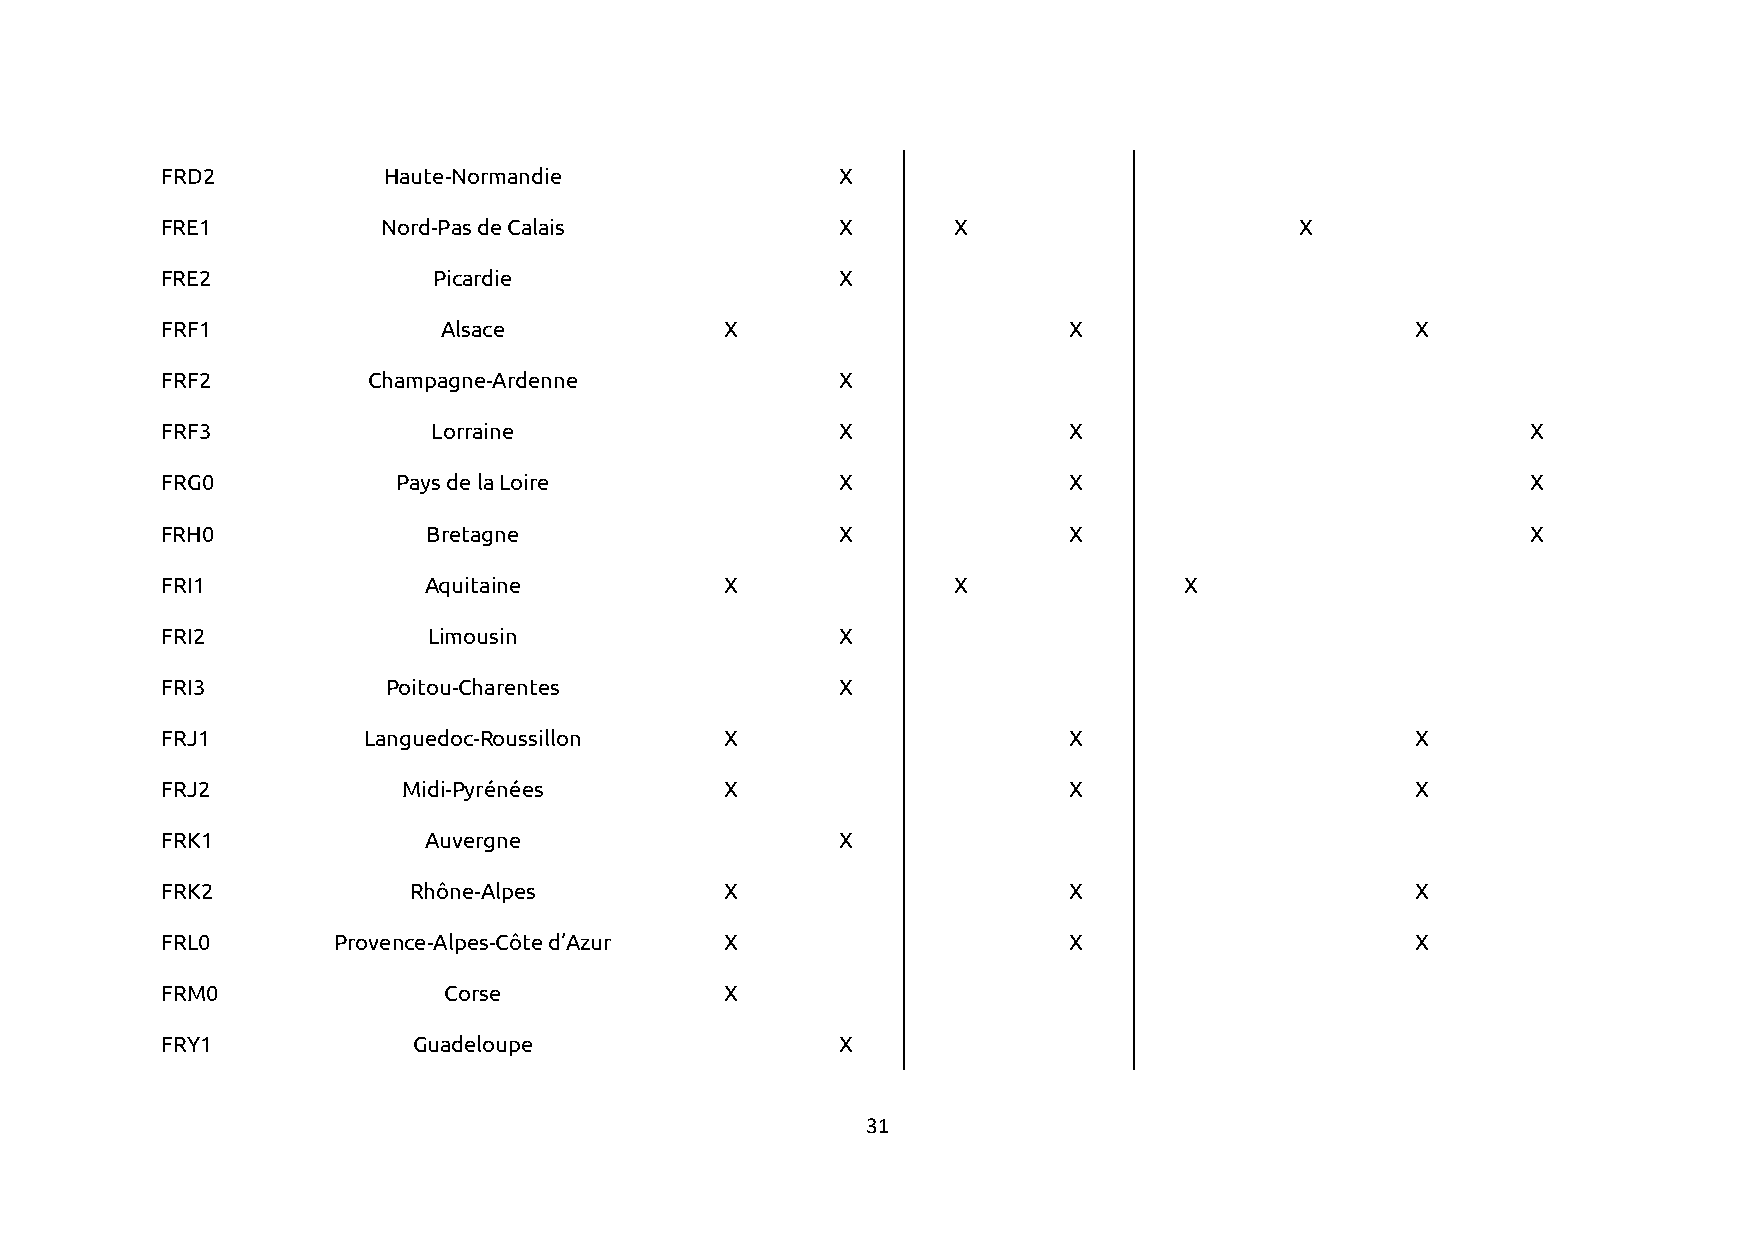
FRD2          Haute-Normandie                X
 FRE1          Nord-Pas de Calais             X      X                      X
 FRE2              Picardie                   X
 FRF1              Alsace             X                      X                      X
 FRF2         Champagne-Ardenne               X
 FRF3              Lorraine                   X              X                             X
 FRG0           Pays de la Loire              X              X                             X
 FRH0             Bretagne                    X              X                             X
 FRI1             Aquitaine           X              X              X
 FRI2             Limousin                    X
 FRI3           Poitou-Charentes              X
 FRJ1         Languedoc-Roussillon    X                      X                      X
 FRJ2            Midi-Pyrénées        X                      X                      X
 FRK1             Auvergne                    X
 FRK2            Rhône-Alpes          X                      X                      X
 FRL0       Provence-Alpes-Côte d’Azur X                     X                      X
 FRM0              Corse              X
 FRY1            Guadeloupe                   X
 31